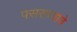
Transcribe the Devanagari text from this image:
पसराव्याचे